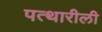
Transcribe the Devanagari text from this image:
पत्थारीली